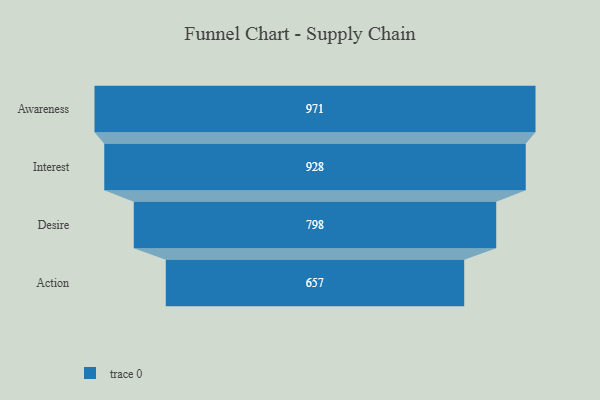
{"axis": {"x": "Stage", "y": "Value"}, "legend": [""], "data": [{"x": "Awareness", "y": 971.0, "type": ""}, {"x": "Interest", "y": 928.0, "type": ""}, {"x": "Desire", "y": 798.0, "type": ""}, {"x": "Action", "y": 657.0, "type": ""}]}